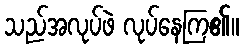
သည်အလုပ်ဖဲ လုပ်နေကြ၏။